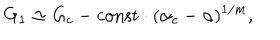
G _ { 1 } \simeq G _ { c } - \mathrm { c o n s t } \cdot ( \alpha _ { c } - \alpha ) ^ { 1 / m } ,